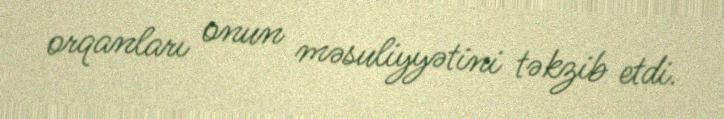
orqanları onun məsuliyyətini təkzib etdi.